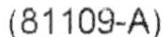
(81109-A)